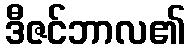
ဒီဇင်ဘာလ၏